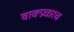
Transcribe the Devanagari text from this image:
वाक्प्रचारच